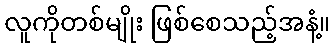
လူကိုတစ်မျိုး ဖြစ်စေသည့်အနံ့။